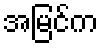
အမြင်က